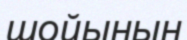
шойынын